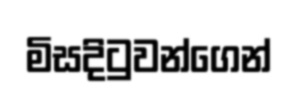
මිසදිටුවන්ගෙන්